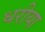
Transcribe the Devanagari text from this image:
धरीया